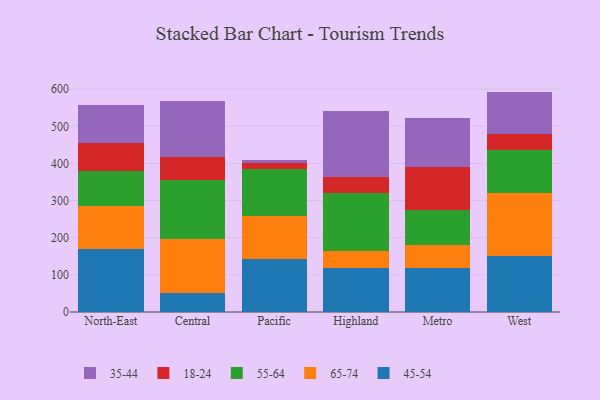
{"axis": {"x": "Region", "y": "Gross Profit (USD K)"}, "legend": ["18-24", "35-44", "45-54", "55-64", "65-74"], "data": [{"x": "North-East", "y": 169.5, "type": "45-54"}, {"x": "North-East", "y": 115.2, "type": "65-74"}, {"x": "North-East", "y": 95.8, "type": "55-64"}, {"x": "North-East", "y": 73.7, "type": "18-24"}, {"x": "North-East", "y": 103.1, "type": "35-44"}, {"x": "Central", "y": 51.1, "type": "45-54"}, {"x": "Central", "y": 144.3, "type": "65-74"}, {"x": "Central", "y": 159.4, "type": "55-64"}, {"x": "Central", "y": 63.5, "type": "18-24"}, {"x": "Central", "y": 149.9, "type": "35-44"}, {"x": "Pacific", "y": 143.5, "type": "45-54"}, {"x": "Pacific", "y": 116.0, "type": "65-74"}, {"x": "Pacific", "y": 126.0, "type": "55-64"}, {"x": "Pacific", "y": 14.9, "type": "18-24"}, {"x": "Pacific", "y": 7.7, "type": "35-44"}, {"x": "Highland", "y": 118.8, "type": "45-54"}, {"x": "Highland", "y": 44.4, "type": "65-74"}, {"x": "Highland", "y": 156.6, "type": "55-64"}, {"x": "Highland", "y": 45.1, "type": "18-24"}, {"x": "Highland", "y": 176.1, "type": "35-44"}, {"x": "Metro", "y": 117.9, "type": "45-54"}, {"x": "Metro", "y": 62.9, "type": "65-74"}, {"x": "Metro", "y": 95.1, "type": "55-64"}, {"x": "Metro", "y": 114.8, "type": "18-24"}, {"x": "Metro", "y": 130.7, "type": "35-44"}, {"x": "West", "y": 151.0, "type": "45-54"}, {"x": "West", "y": 168.7, "type": "65-74"}, {"x": "West", "y": 117.5, "type": "55-64"}, {"x": "West", "y": 41.9, "type": "18-24"}, {"x": "West", "y": 114.5, "type": "35-44"}]}